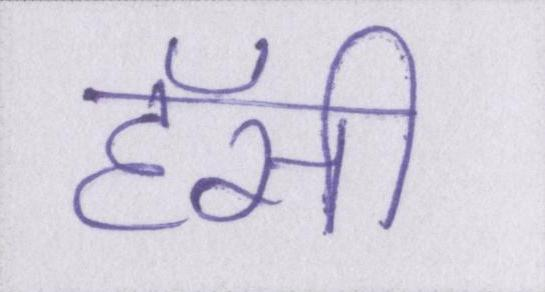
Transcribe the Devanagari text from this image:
हॅसी